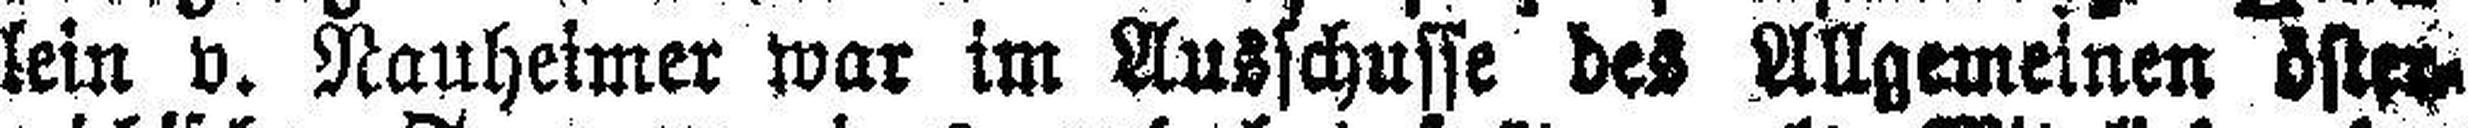
lein v. Nauheimer war im Ausschusse des Allgemeinen öster¬